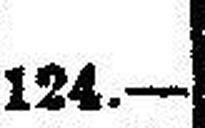
124.—